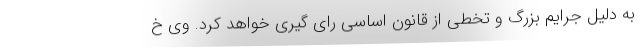
به دلیل جرایم بزرگ و تخطی از قانون اساسی رای گیری خواهد کرد. وی خ